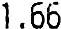
1.66